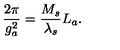
\frac { 2 \pi } { g _ { a } ^ { 2 } } = \frac { M _ { s } } { \lambda _ { s } } L _ { a } .